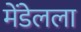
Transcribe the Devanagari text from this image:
मेंडेलला